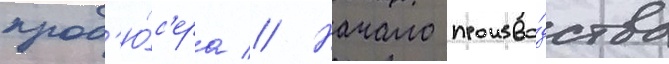
прод'ю́с'ера // Начало произво́дства